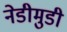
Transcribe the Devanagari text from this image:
नेडीमुडी